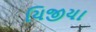
યિજીયા